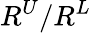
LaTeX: R^{U}/R^{L}